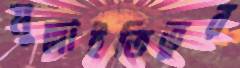
মুল্লাইতিভুর